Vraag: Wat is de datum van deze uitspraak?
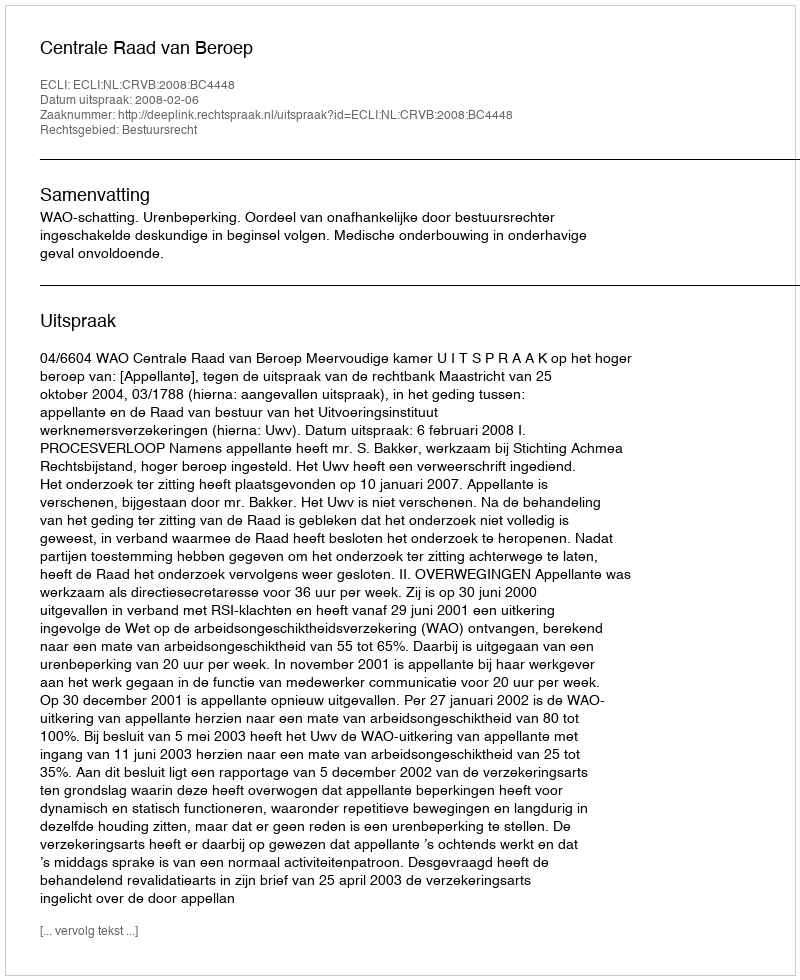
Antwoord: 2008-02-06